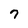
Character: 7